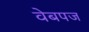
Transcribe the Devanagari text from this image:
वेबपज